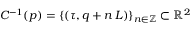
C ^ { - 1 } ( p ) = \{ ( \tau , q + n \, L ) \} _ { n \in \mathbb { Z } } \subset \mathbb { R } ^ { 2 }